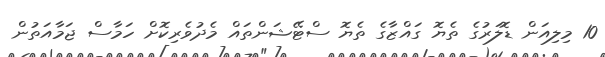
10 މިލިއަން ޑޮލަރުގެ ތެޔޮ ގައްޒާގެ ތެޔޮ ސްޓޭޝަންތައް މެދުވެރިކޮށް ހަމާސް ޖަމާއަތުން